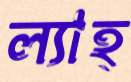
ল্যাহ্